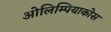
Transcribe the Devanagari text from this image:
ओलिम्पियाकोस